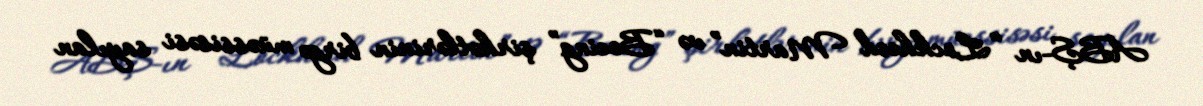
ABŞ-ın “Lockheed Martin” və “Boeing” şirkətlərinin birgə müəssisəsi sayılan